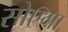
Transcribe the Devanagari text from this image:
सोएगा